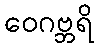
ဝေဂဗ္ဘရိ